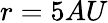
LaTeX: r=5AU